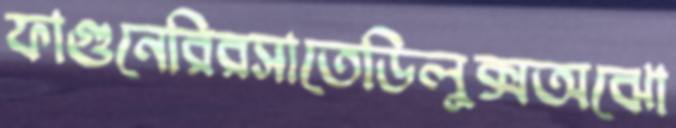
ফাগুনেরিরসাতেডিলুক্সঅঝো